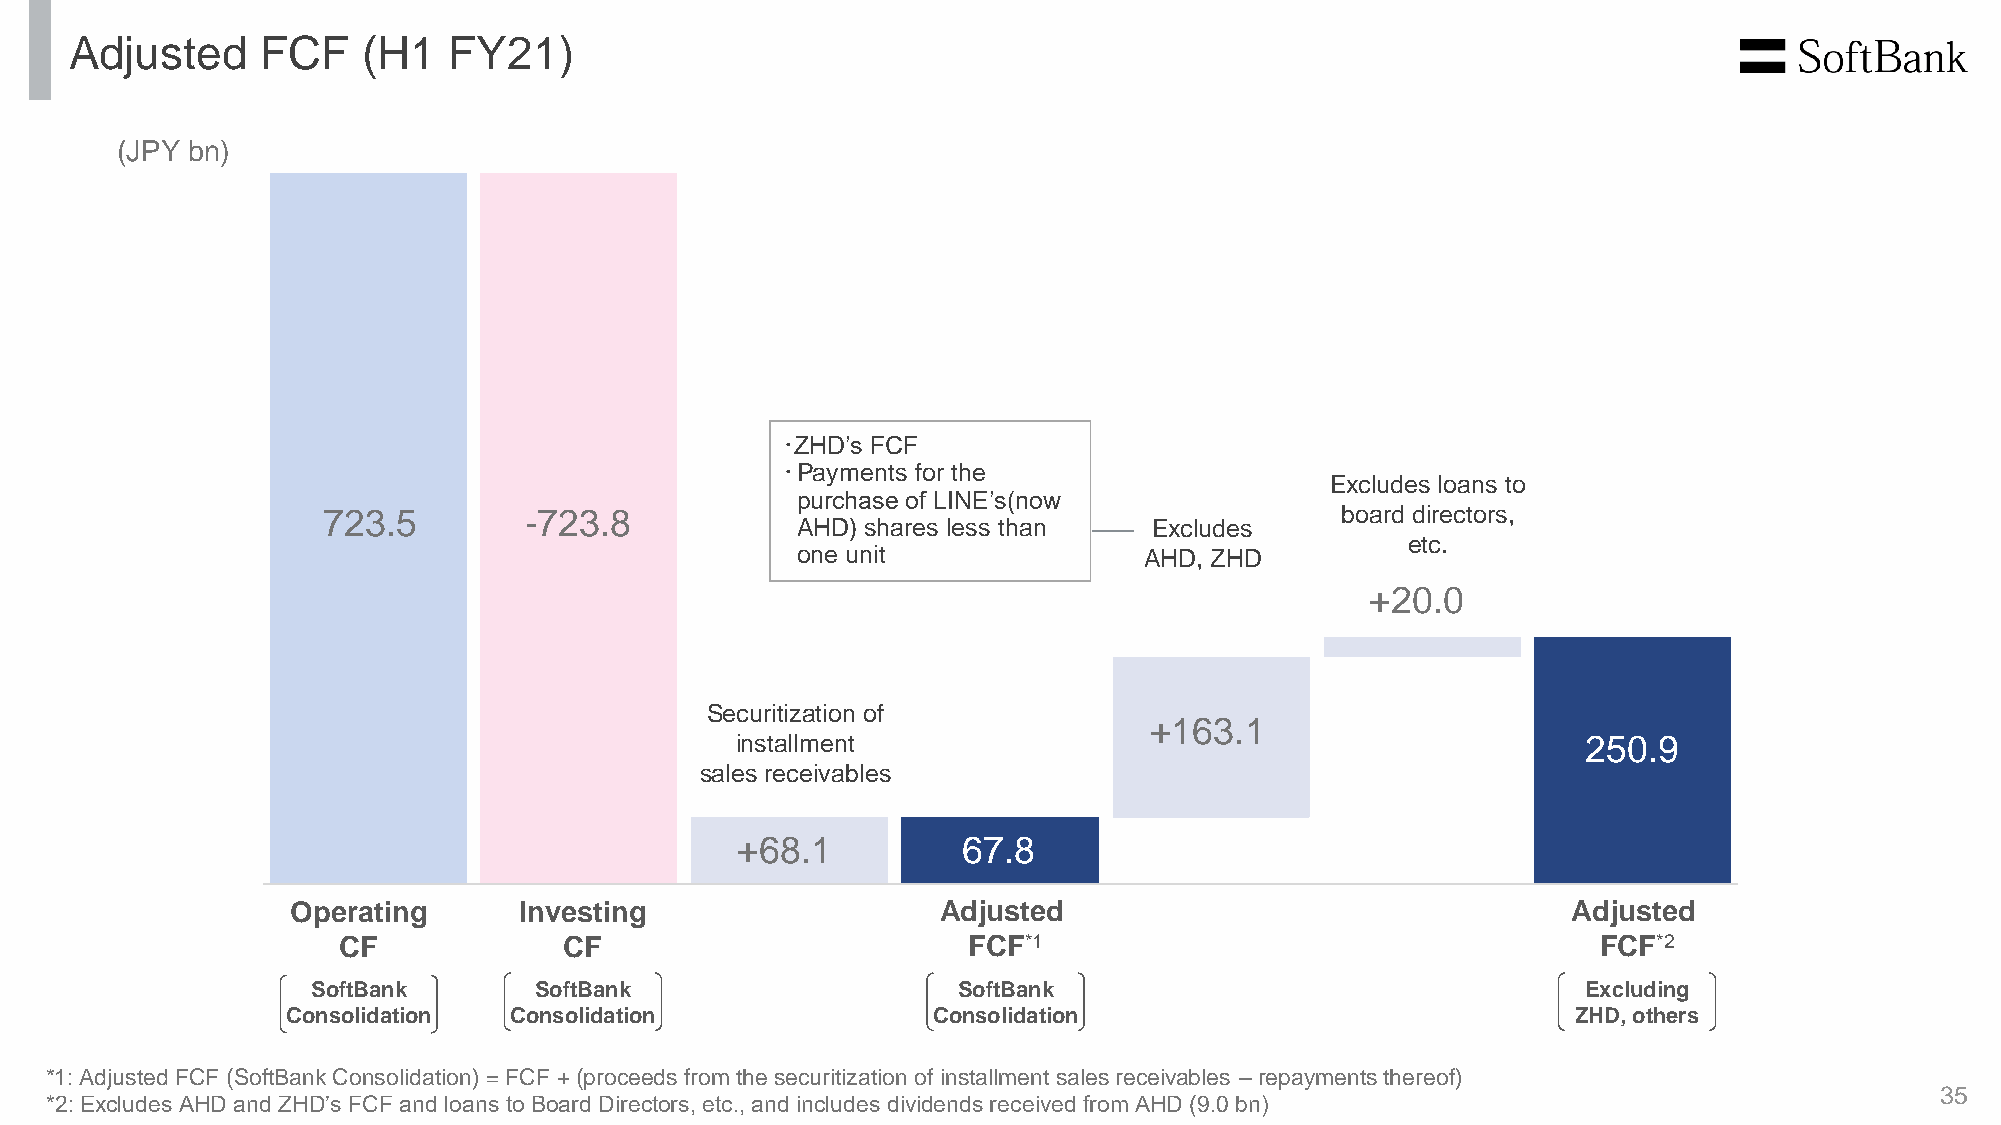
Adjusted    FCF    (H1   FY21)
 (JPY bn)
 ･ZHD’s FCF
 ･Payments for the
 Excludes loans to
 purchase of LINE’s(now
 723.5         -723.8                                                board directors,
 AHD) shares less than  Excludes
 etc.
 one unit               AHD, ZHD
 +20.0
 Securitization of
 +163.1
 installment                                             250.9
 sales receivables
 +68.1          67.8
 Operating      Investing                   Adjusted                                  Adjusted
 CF             CF                         FCF*1                                     FCF*2
 SoftBank      SoftBank                    SoftBank                                  Excluding
 Consolidation  Consolidation               Consolidation                             ZHD, others
 *1: Adjusted FCF (SoftBank Consolidation) = FCF + (proceeds from the securitization of installment sales receivables – repayments thereof)
 35
 *2: Excludes AHD and ZHD’s FCF and loans to Board Directors, etc., and includes dividends received from AHD (9.0 bn)